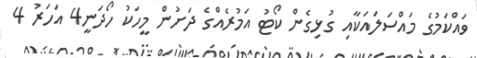
ވައްކަމުގެ މައްސަލައަކާއި ގުޅިގެން ކޯޓު އަމުރެއްގެ ދަށުން މީހަކު ހޯދަނީ4 އަހަރު 4